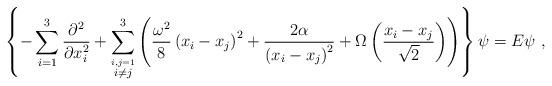
LaTeX: \begin{align*}\left\{ -\sum_{i=1}^3 \frac{\partial^2}{\partial x_i^2} + \sum_{\stackrel{i,j=1}{i\neq j}}^3 \left({{\omega^2}\over {8}} \left( x_i-x_j \right)^2 + {2 \alpha\over {\left( x_i-x_j \right)^{2} }}+\Omega\left(\frac{x_i-x_j}{\sqrt{2}}\right) \right)\right\}\psi=E\psi~,\end{align*}